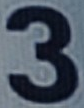
3